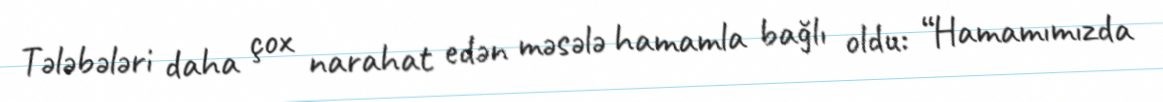
Tələbələri daha çox narahat edən məsələ hamamla bağlı oldu: “Hamamımızda